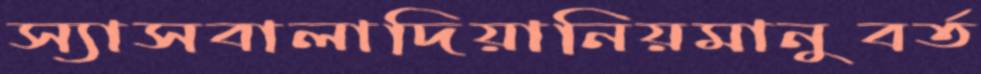
স্যাসবালাদিয়ানিয়মানুবর্ত